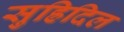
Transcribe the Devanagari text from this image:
सुह्रिदिल